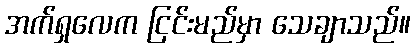
အက်ရှလေက ငြင်းမည်မှာ သေချာသည်။